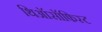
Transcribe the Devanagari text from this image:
थिऑसॉफिस्ट